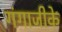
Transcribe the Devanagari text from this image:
गंगाजीके